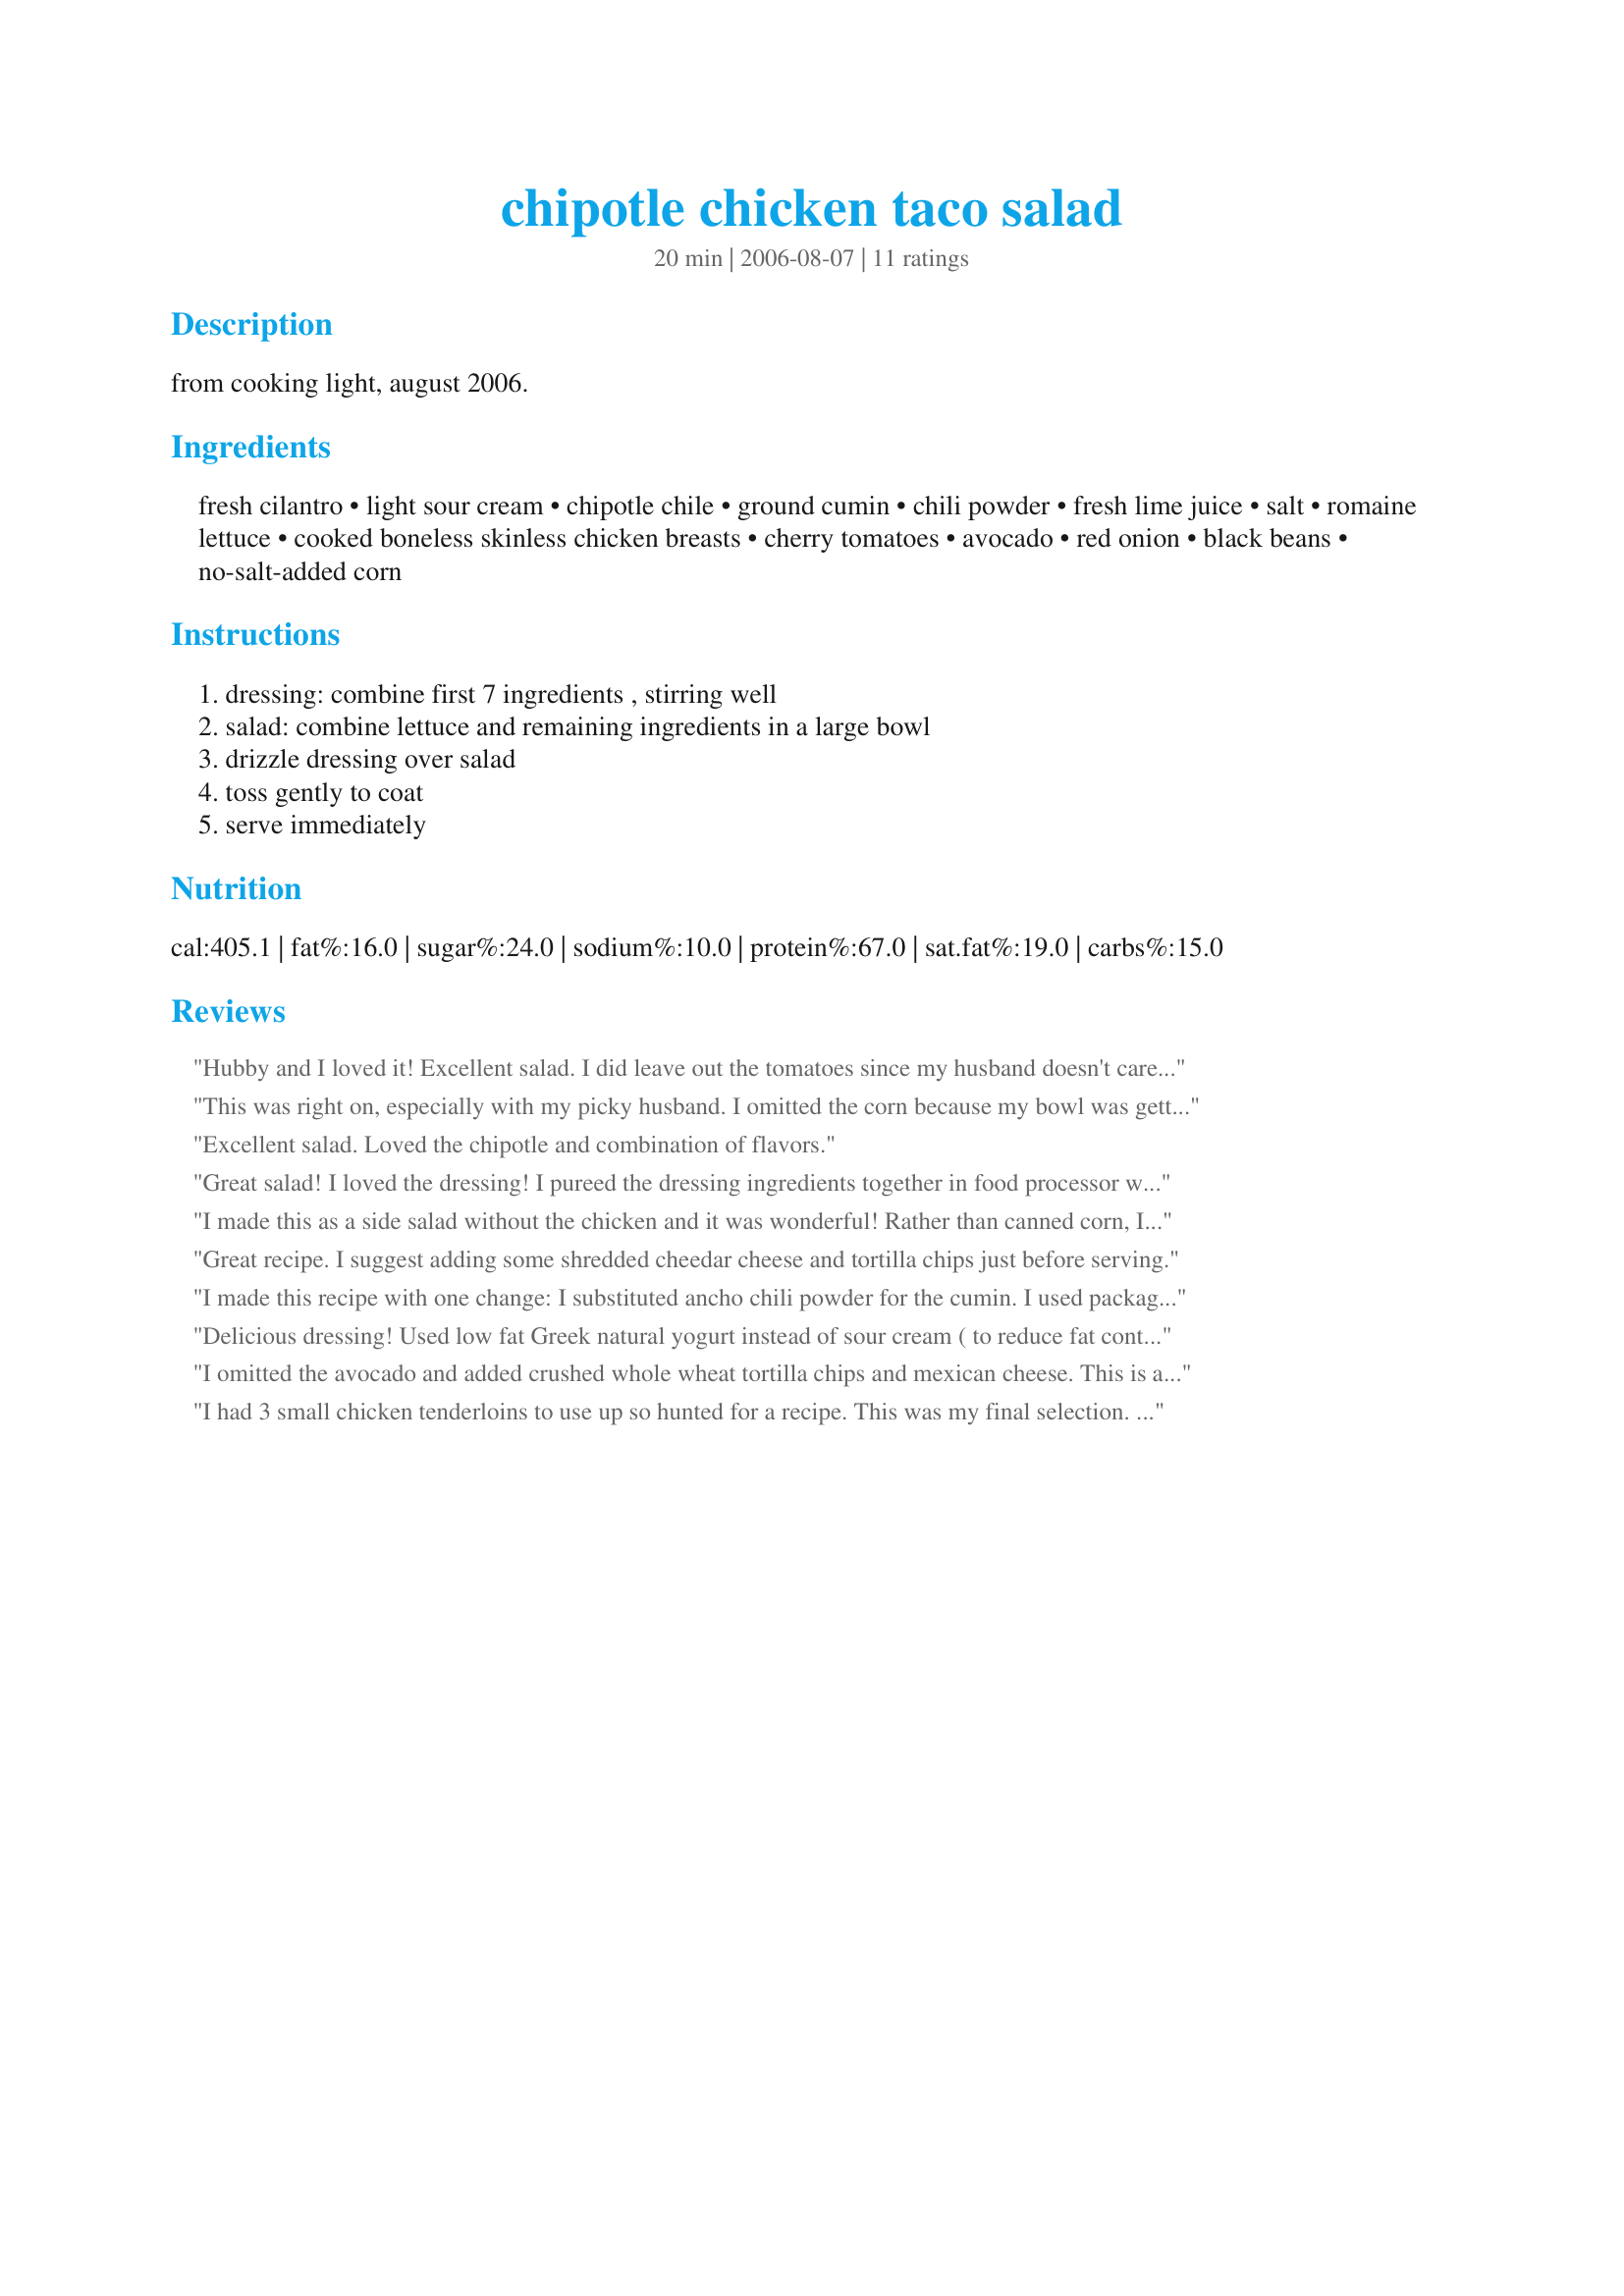
chipotle chicken taco salad
Preparation time: 20 minutes

from cooking light, august 2006.

Ingredients:
fresh cilantro, light sour cream, chipotle chile, ground cumin, chili powder, fresh lime juice, salt, romaine lettuce, cooked boneless skinless chicken breasts, cherry tomatoes, avocado, red onion, black beans, no-salt-added corn

Steps:
dressing: combine first 7 ingredients , stirring well, salad: combine lettuce and remaining ingredients in a large bowl, drizzle dressing over salad, toss gently to coat, serve immediately

Reviews:
Hubby and I loved it! Excellent salad. I did leave out the tomatoes since my husband doesn't care for them, but other than that, followed it exactly. It was very filling and I will be making it again soon!
This was right on, especially with my picky husband. I omitted the corn because my bowl was getting so big! I topped the salad with shredded cheese and it was awesome.
Excellent salad. Loved the chipotle and combination of flavors.
Great salad! I loved the dressing! I pureed the dressing ingredients together in food processor with good results, and only used 3 tsp of lime (I don't like things too limey). I used leftover chicken from recipe #241322 and it had a great flavor! The dressing is very versatile - I used the leftover as a sauce for my fish tacos and it turned out GREAT! I also want to try the dressing next when I make chicken salad sandwiches. Yum!
I made this as a side salad without the chicken and it was wonderful! Rather than canned corn, I used freshly roasted corn kernels (roasted corn in husk at 350 for 20 minutes) and then added crushed tortilla chips to the top before serving. I couldn't find chipotle chile at the grocery so I used part of a can of chopped green chiles. Came out great! A fabulous Tex-Mex salad!
Great recipe. I suggest adding some shredded cheedar cheese and tortilla chips just before serving.
I made this recipe with one change: I substituted ancho chili powder for the cumin. I used packaged chicken. I thought the prep was longer than 20 minutes, even using my mandoline slicer. The salad was fabulous! I would definitely call this quality food, something an upscale restaurant would charge an arm and a leg for. HIghly recommended.
Delicious dressing! Used low fat Greek natural yogurt instead of sour cream ( to reduce fat content ) and worked just fine. Served over a Cajun spiced steak on top of salad, yummy filling dinner!!
I omitted the avocado and added crushed whole wheat tortilla chips and mexican cheese. This is a great salad and I will definitely be making it again!
I had 3 small chicken tenderloins to use up so hunted for a recipe. This was my final selection. I cooked the chicken on my George Foreman grill. Used spring mix for my lettuce didn't have an avocado so it wasn't used. Other wise made as posted. I did use tomatoes although you can't tell by the photo but there are in there somewhere. We loved the dressing it is packed full of yummy flavors. Thanks for posting. :)
Awesome! Have made this a couple of times and really enjoyed it. Last time pounded the chicken, sprinkled with salsa salad seasoning from Penzeys, and cooked on the GF for a quick dinner. Thanks for sharing the recipe!
